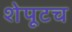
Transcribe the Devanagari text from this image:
शेपूटच